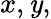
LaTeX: x,\mathit{y},